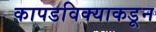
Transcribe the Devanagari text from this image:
कापडविक्याकडून